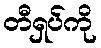
တီရှပ်ကို